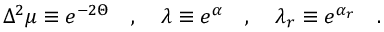
\Delta ^ { 2 } \mu \equiv e ^ { - 2 \Theta } \quad , \quad \lambda \equiv e ^ { \alpha } \quad , \quad \lambda _ { r } \equiv e ^ { \alpha _ { r } } \quad .